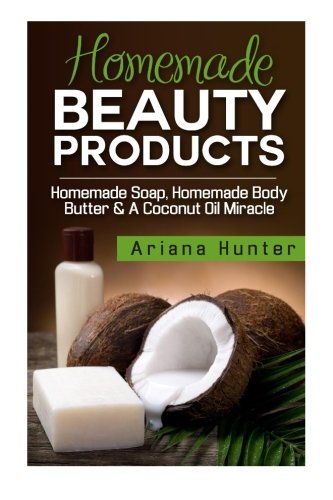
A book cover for Homemade Beauty Products: Homemade Soap, Homemade Body Butter & A Coconut Oil Miracle; Ariana Hunter; Crafts, Hobbies & Home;